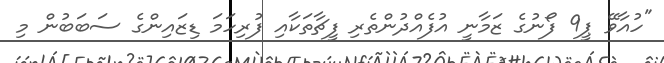
"ހުއާވޭ ޕީ9 ފޯނުގެ ޒަމާނީ އުފެއްދުންތެރި ފީޗާތަކާއި ފުރިހަމަ ޑިޒައިންގެ ސަބަބުން މި